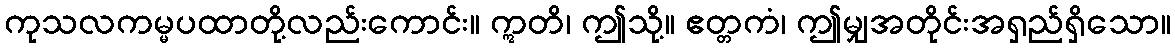
ကုသလကမ္မပထာတို့လည်းကောင်း။ ဣတိ၊ ဤသို့။ ဧတ္တကံ၊ ဤမျှအတိုင်းအရှည်ရှိသော။